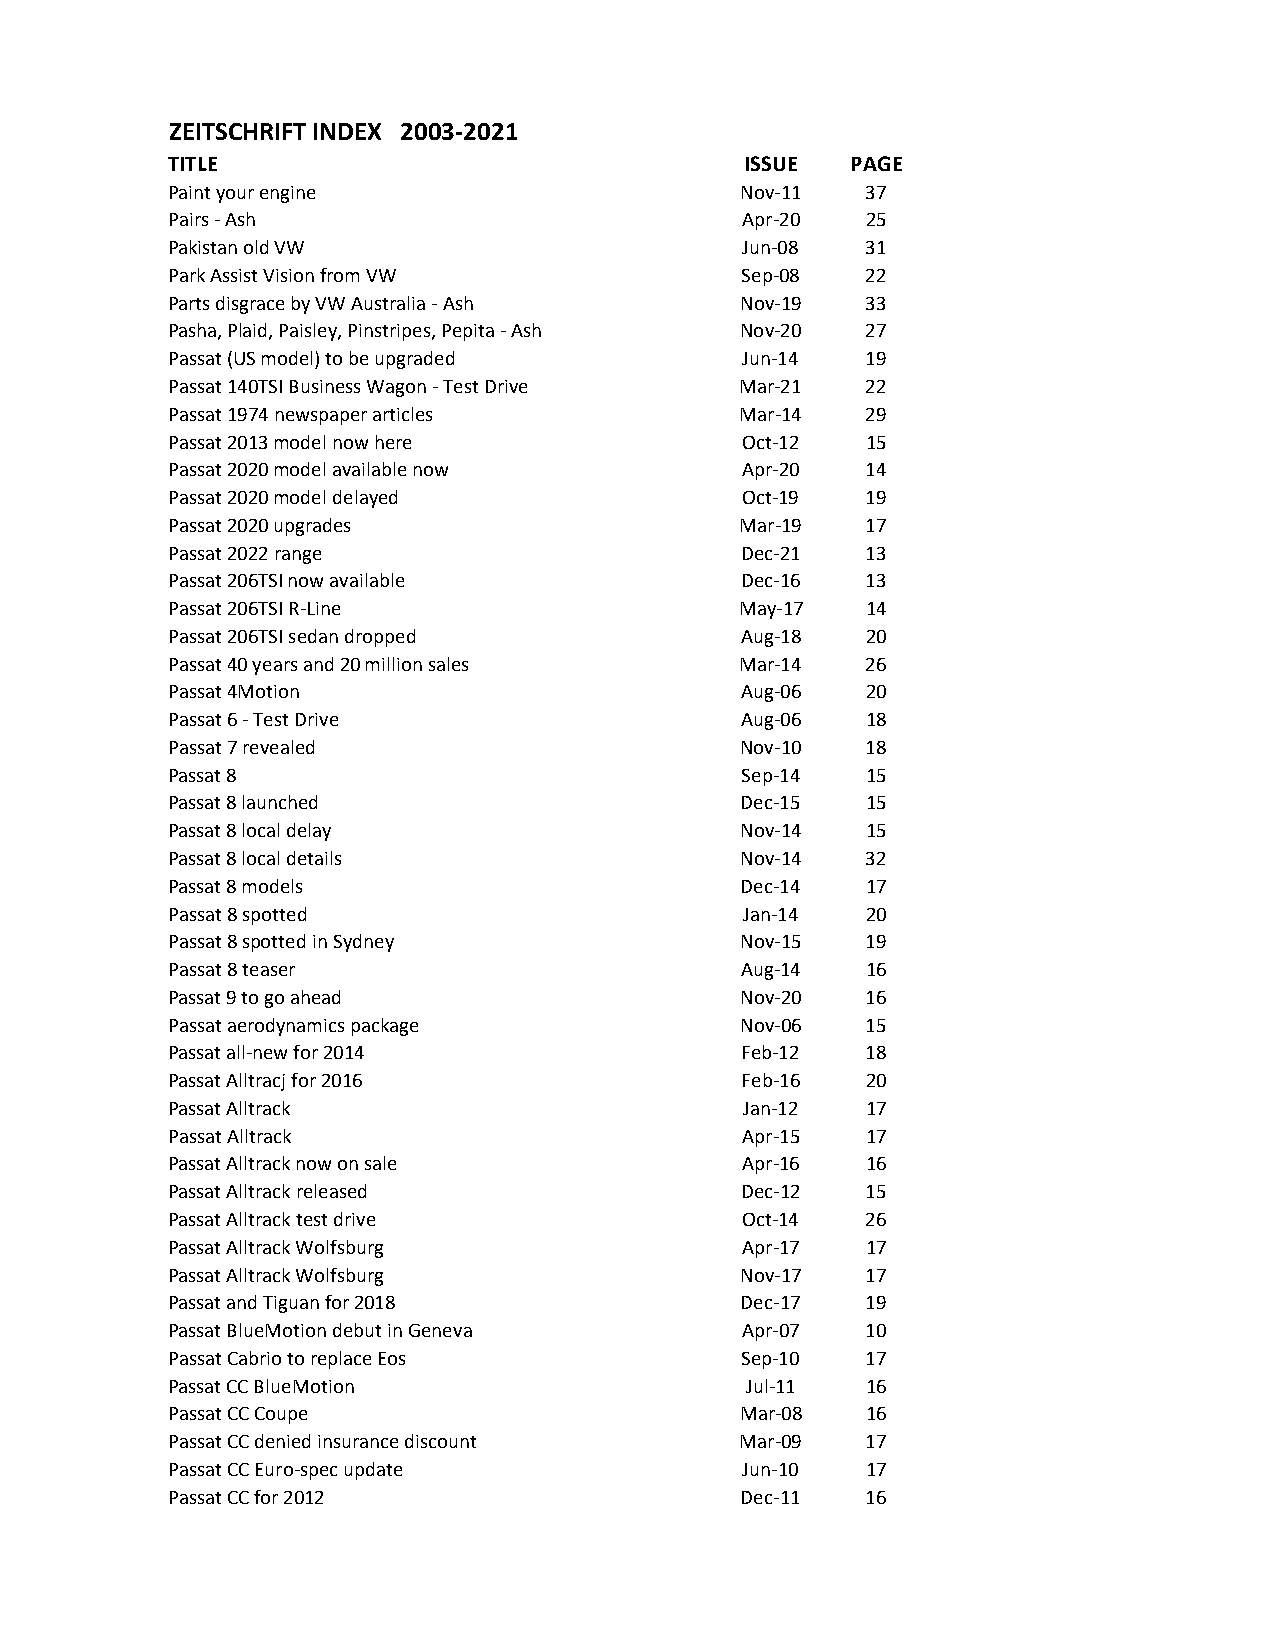
ZEITSCHRIFT INDEX 2003-2021
 TITLE                                 ISSUE  PAGE
 Paint your engine                     Nov-11  37
 Pairs - Ash                           Apr-20  25
 Pakistan old VW                       Jun-08  31
 Park Assist Vision from VW            Sep-08  22
 Parts disgrace by VW Australia - Ash  Nov-19  33
 Pasha, Plaid, Paisley, Pinstripes, Pepita - Ash Nov-20 27
 Passat (US model) to be upgraded      Jun-14  19
 Passat 140TSI Business Wagon - Test Drive Mar-21 22
 Passat 1974 newspaper articles        Mar-14  29
 Passat 2013 model now here            Oct-12  15
 Passat 2020 model available now       Apr-20  14
 Passat 2020 model delayed             Oct-19  19
 Passat 2020 upgrades                  Mar-19  17
 Passat 2022 range                     Dec-21  13
 Passat 206TSI now available           Dec-16  13
 Passat 206TSI R-Line                  May-17  14
 Passat 206TSI sedan dropped           Aug-18  20
 Passat 40 years and 20 million sales  Mar-14  26
 Passat 4Motion                        Aug-06  20
 Passat 6 - Test Drive                 Aug-06  18
 Passat 7 revealed                     Nov-10  18
 Passat 8                              Sep-14  15
 Passat 8 launched                     Dec-15  15
 Passat 8 local delay                  Nov-14  15
 Passat 8 local details                Nov-14  32
 Passat 8 models                       Dec-14  17
 Passat 8 spotted                      Jan-14  20
 Passat 8 spotted in Sydney            Nov-15  19
 Passat 8 teaser                       Aug-14  16
 Passat 9 to go ahead                  Nov-20  16
 Passat aerodynamics package           Nov-06  15
 Passat all-new for 2014               Feb-12  18
 Passat Alltracj for 2016              Feb-16  20
 Passat Alltrack                       Jan-12  17
 Passat Alltrack                       Apr-15  17
 Passat Alltrack now on sale           Apr-16  16
 Passat Alltrack released              Dec-12  15
 Passat Alltrack test drive            Oct-14  26
 Passat Alltrack Wolfsburg             Apr-17  17
 Passat Alltrack Wolfsburg             Nov-17  17
 Passat and Tiguan for 2018            Dec-17  19
 Passat BlueMotion debut in Geneva     Apr-07  10
 Passat Cabrio to replace Eos          Sep-10  17
 Passat CC BlueMotion                  Jul-11  16
 Passat CC Coupe                       Mar-08  16
 Passat CC denied insurance discount   Mar-09  17
 Passat CC Euro-spec update            Jun-10  17
 Passat CC for 2012                    Dec-11  16